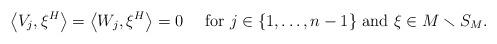
LaTeX: \begin{align*}\left\langle V_j,\xi^H\right\rangle = \left\langle W_j,\xi^H\right\rangle=0\quad\mbox{ for }j\in\{1,\ldots,n-1\}\mbox{ and }\xi\in M\smallsetminus S_M.\end{align*}